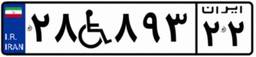
۲۸W۸۹۳۲۲